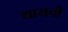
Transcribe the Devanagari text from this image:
थायचौ